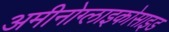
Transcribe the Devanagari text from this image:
अमीनोग्लाइकोसाइड